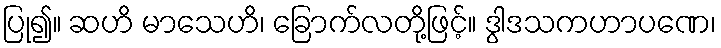
ပြု၍။ ဆဟိ မာသေဟိ၊ ခြောက်လတို့ဖြင့်။ ဒွါဒသကဟာပဏေ၊